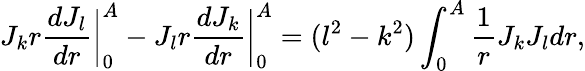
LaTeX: J_{k}r\frac{dJ_{l}}{dr}\bigg|_{0}^{A}-J_{l}r\frac{dJ_{k}}{dr}\bigg|_{0}^{A}=(l^{2}-k^{2})\int_{0}^{A}\frac{1}{r}J_{k}J_{l}dr,